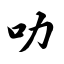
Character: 叻